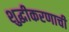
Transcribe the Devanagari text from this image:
शुद्धीकरणाची